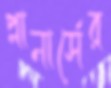
প্লানার্সের